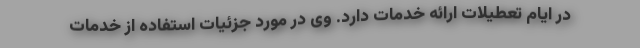
در ایام تعطیلات ارائه خدمات دارد. وی در مورد جزئیات استفاده از خدمات